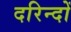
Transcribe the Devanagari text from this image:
दरिन्‍दों